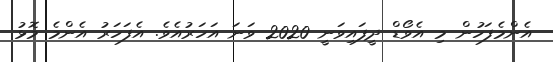
އެންމެފަހުން މި އެވޯޑް ދީފައިވަނީ 2020 ވަނަ އަހަރުއެވެ. އެފަހަރު އެންމެ މޮޅު